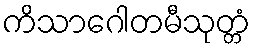
ကိသာဂေါတမီသုတ္တံ